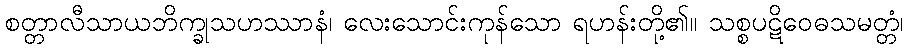
စတ္တာလီသာယဘိက္ခုသဟဿာနံ၊ လေးသောင်းကုန်သော ရဟန်းတို့၏။ သစ္စပဋိဝေဓသမတ္တံ၊